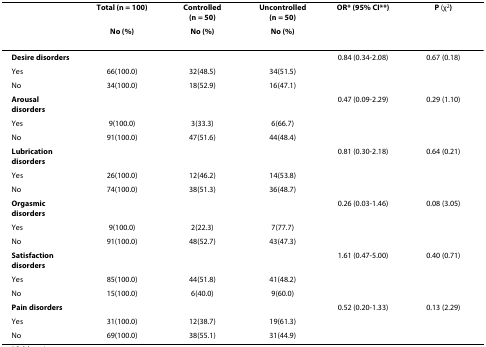
|  | Total (n = 100) | Controlled (n = 50) | Uncontrolled (n = 50) | OR* (95% CI**) | P (χ2) |
 |  | No (%) | No (%) | No (%) |  |  |
 | --- | --- | --- | --- | --- | --- |
 | Desire disorders |  |  |  | 0.84 (0.34-2.08) | 0.67 (0.18) |
 | Yes | 66(100.0) | 32(48.5) | 34(51.5) |  |  |
 | No | 34(100.0) | 18(52.9) | 16(47.1) |  |  |
 | Arousal disorders |  |  |  | 0.47 (0.09-2.29) | 0.29 (1.10) |
 | Yes | 9(100.0) | 3(33.3) | 6(66.7) |  |  |
 | No | 91(100.0) | 47(51.6) | 44(48.4) |  |  |
 | Lubrication disorders |  |  |  | 0.81 (0.30-2.18) | 0.64 (0.21) |
 | Yes | 26(100.0) | 12(46.2) | 14(53.8) |  |  |
 | No | 74(100.0) | 38(51.3) | 36(48.7) |  |  |
 | Orgasmic disorders |  |  |  | 0.26 (0.03-1.46) | 0.08 (3.05) |
 | Yes | 9(100.0) | 2(22.3) | 7(77.7) |  |  |
 | No | 91(100.0) | 48(52.7) | 43(47.3) |  |  |
 | Satisfaction disorders |  |  |  | 1.61 (0.47-5.00) | 0.40 (0.71) |
 | Yes | 85(100.0) | 44(51.8) | 41(48.2) |  |  |
 | No | 15(100.0) | 6(40.0) | 9(60.0) |  |  |
 | Pain disorders |  |  |  | 0.52 (0.20-1.33) | 0.13 (2.29) |
 | Yes | 31(100.0) | 12(38.7) | 19(61.3) |  |  |
 | No | 69(100.0) | 38(55.1) | 31(44.9) |  |  |